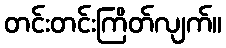
တင်းတင်းကြိတ်လျက်။